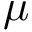
\mu